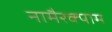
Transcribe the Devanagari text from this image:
नामैरक्पाम